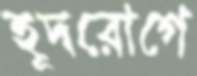
হূদরোগে